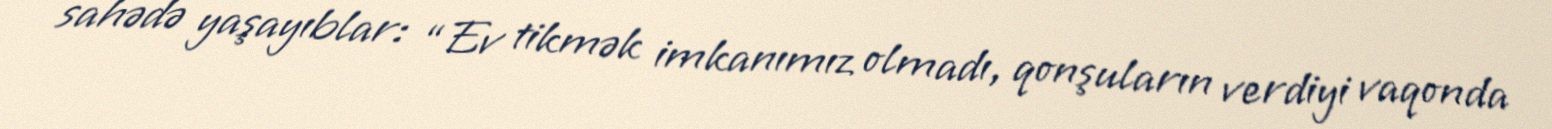
sahədə yaşayıblar: “Ev tikmək imkanımız olmadı, qonşuların verdiyi vaqonda